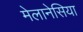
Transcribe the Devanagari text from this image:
मेलानेसिया